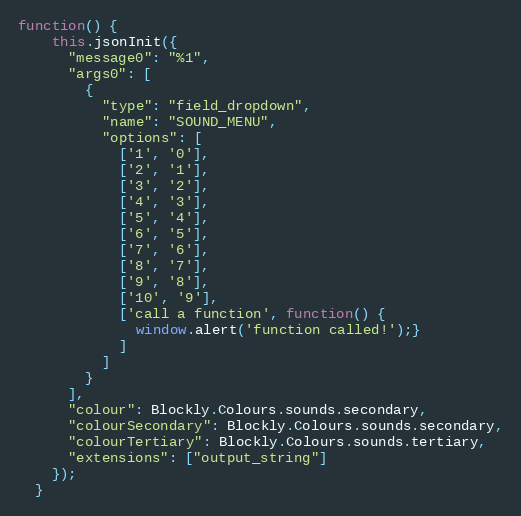
Language: JavaScript
function() {
    this.jsonInit({
      "message0": "%1",
      "args0": [
        {
          "type": "field_dropdown",
          "name": "SOUND_MENU",
          "options": [
            ['1', '0'],
            ['2', '1'],
            ['3', '2'],
            ['4', '3'],
            ['5', '4'],
            ['6', '5'],
            ['7', '6'],
            ['8', '7'],
            ['9', '8'],
            ['10', '9'],
            ['call a function', function() {
              window.alert('function called!');}
            ]
          ]
        }
      ],
      "colour": Blockly.Colours.sounds.secondary,
      "colourSecondary": Blockly.Colours.sounds.secondary,
      "colourTertiary": Blockly.Colours.sounds.tertiary,
      "extensions": ["output_string"]
    });
  }